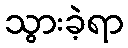
သွားခဲ့ရာ